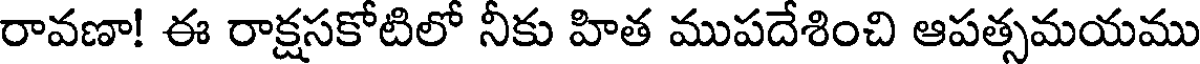
రావణా! ఈ రాక్షసకోటిలో నీకు హిత ముపదేశించి ఆపత్సమయము